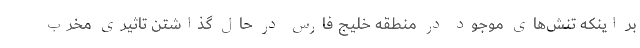
بر اینکه تنش‌های موجود در منطقه خلیج فارس در حال گذاشتن تاثیری مخرب